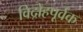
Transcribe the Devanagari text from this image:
विद्रोहपूर्वक